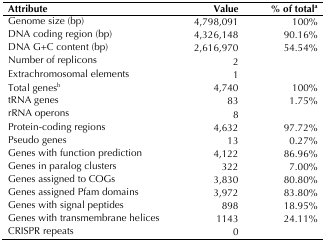
<table><thead><tr><td><b>Attribute</b></td><td><b>Value</b></td><td><b>% of total<sup>a</sup></b></td></tr></thead><tbody><tr><td>Genome size (bp)</td><td>4,798,091</td><td>100%</td></tr><tr><td>DNA coding region (bp)</td><td>4,326,148</td><td>90.16%</td></tr><tr><td>DNA G+C content (bp)</td><td>2,616,970</td><td>54.54%</td></tr><tr><td>Number of replicons</td><td>2</td><td></td></tr><tr><td>Extrachromosomal elements</td><td>1</td><td></td></tr><tr><td>Total genes<sup>b</sup></td><td>4,740</td><td>100%</td></tr><tr><td>tRNA genes</td><td>83</td><td>1.75%</td></tr><tr><td>rRNA operons</td><td>8</td><td></td></tr><tr><td>Protein-coding regions</td><td>4,632</td><td>97.72%</td></tr><tr><td>Pseudo genes</td><td>13</td><td>0.27%</td></tr><tr><td>Genes with function prediction</td><td>4,122</td><td>86.96%</td></tr><tr><td>Genes in paralog clusters</td><td>322</td><td>7.00%</td></tr><tr><td>Genes assigned to COGs</td><td>3,830</td><td>80.80%</td></tr><tr><td>Genes assigned Pfam domains</td><td>3,972</td><td>83.80%</td></tr><tr><td>Genes with signal peptides</td><td>898</td><td>18.95%</td></tr><tr><td>Genes with transmembrane helices</td><td>1143</td><td>24.11%</td></tr><tr><td>CRISPR repeats</td><td>0</td><td></td></tr></tbody></table>